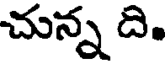
చున్న ది.